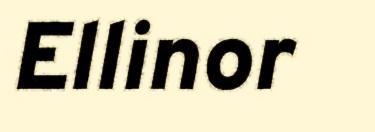
Ellinor